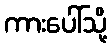
ကားပေါ်သို့